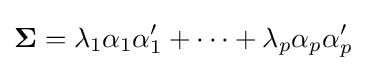
\mathbf {\Sigma } =\lambda _{1}\alpha _{1}\alpha _{1}'+\cdots +\lambda _{p}\alpha _{p}\alpha _{p}'